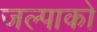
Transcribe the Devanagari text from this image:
जल्पाको